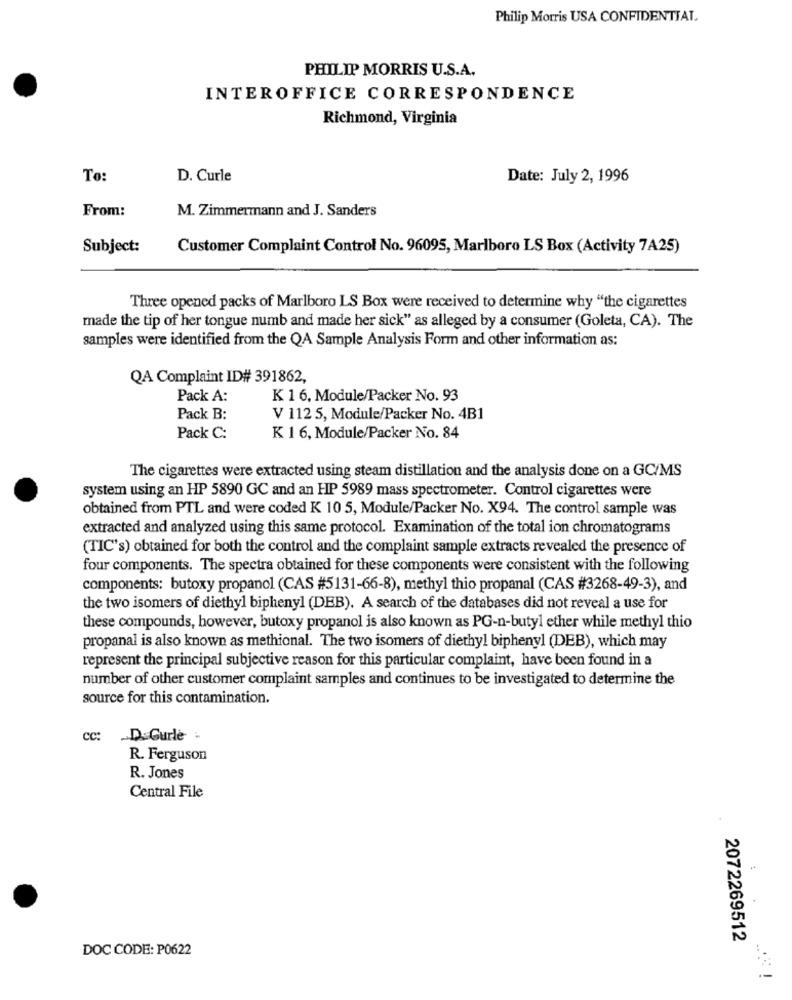
Philip Morris USA CONFIDENTIAL.
PHILIP MORRIS U.S.A.
INTEROFFICE CORRESPONDENCE
Richmond, Virginia
To:
D. Curle
Date: July 2, 1996
From:
M. Zimmermann and J. Sanders
Subject:
Customer Complaint Control No. 96095, Marlboro LS Box (Activity 7A25)
Three opened packs of Marlboro LS Box were received to determine why "the cigarettes
made the tip of her tongue numb and made her sick" as alleged by a consumer (Goleta, CA). The
samples were identified from the QA Sample Analysis Form and other information as:
QA Complaint ID# 391862,
Pack A:
K 1 6, Module/Packer No. 93
Pack B:
V 112 5, Module/Packer No. 4B1
Pack C:
K 1 6, Module/Packer No. 84
The cigarettes were extracted using steam distillation and the analysis done on a GC/MS
system using an HP 5890 GC and an HP 5989 mass spectrometer. Control cigarettes were
obtained from PTL and were coded K 10 5, Module/Packer No. X94. The control sample was
extracted and analyzed using this same protocol. Examination of the total ion chromatograms
(TIC's) obtained for both the control and the complaint sample extracts revealed the presence of
four components. The spectra obtained for these components were consistent with the following
components: butoxy propanol (CAS #5131-66-8), methyl thio propanal (CAS #3268-49-3), and
the two isomers of diethyl biphenyl (DEB). A search of the databases did not reveal a use for
these compounds, however, butoxy propanol is also known as PG-n-butyl ether while methyl thio
propanal is also known as methional. The two isomers of diethyl biphenyl (DEB), which may
represent the principal subjective reason for this particular complaint, have been found in a
number of other customer complaint samples and continues to be investigated to determine the
source for this contamination.
cc:
D.Gurle
R. Ferguson
R. Jones
Central File
2072269512
DOC CODE: P0622